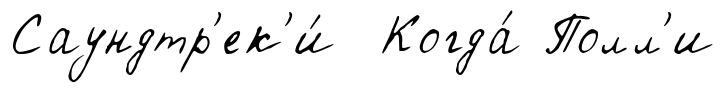
Саундтр'ек'и́ Когда́ Полл'и